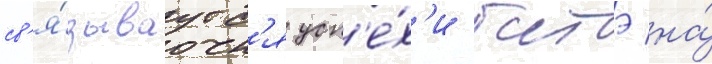
св'я́зываутс'я усп'е́х'и батэ на́